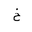
Letter: _kha